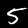
Label: 5